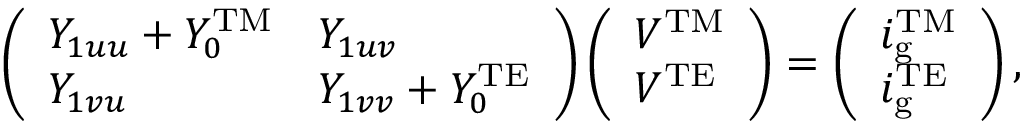
\left( \begin{array} { l l } { Y _ { 1 u u } + Y _ { 0 } ^ { \mathrm { T M } } } & { Y _ { 1 u v } } \\ { Y _ { 1 v u } } & { Y _ { 1 v v } + Y _ { 0 } ^ { \mathrm { T E } } } \end{array} \right) \left( \begin{array} { l } { V ^ { \mathrm { T M } } } \\ { V ^ { \mathrm { T E } } } \end{array} \right) = \left( \begin{array} { l } { i _ { \mathrm { g } } ^ { \mathrm { T M } } } \\ { i _ { \mathrm { g } } ^ { \mathrm { T E } } } \end{array} \right) ,